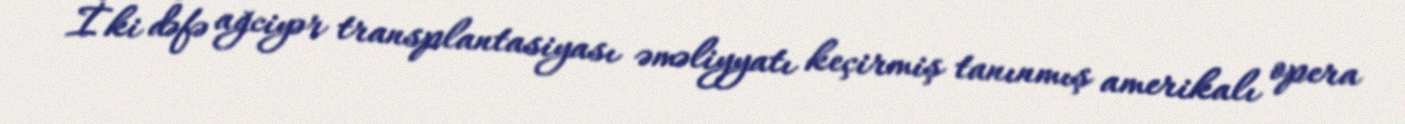
İki dəfə ağciyər transplantasiyası əməliyyatı keçirmiş tanınmış amerikalı opera